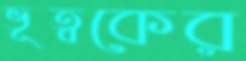
ভূত্বকের